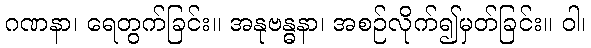
ဂဏနာ၊ ရေတွက်ခြင်း။ အနုဗန္ဓနာ၊ အစဉ်လိုက်၍မှတ်ခြင်း။ ဝါ၊